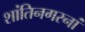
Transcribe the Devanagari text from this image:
शांतिनगरनां